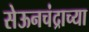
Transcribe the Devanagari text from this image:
सेऊनचंद्राच्या